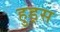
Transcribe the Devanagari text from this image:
हुड्स